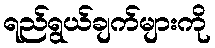
ရည်ရွယ်ချက်များကို